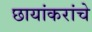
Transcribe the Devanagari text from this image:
छायांकरांचे